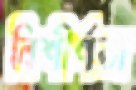
বিশীর্ণতা